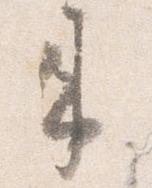
来